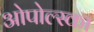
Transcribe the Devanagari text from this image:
ओपोल्स्का